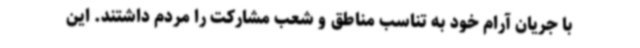
با جریان آرام خود به تناسب مناطق و شعب مشارکت را مردم داشتند. این